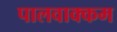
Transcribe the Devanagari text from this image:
पालवाक्कम